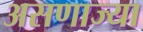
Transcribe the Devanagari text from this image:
असणाज्या